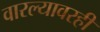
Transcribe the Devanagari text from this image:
वारल्यावरही